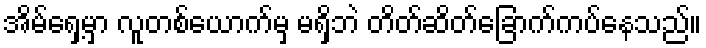
အိမ်ရှေ့မှာ လူတစ်ယောက်မှ မရှိဘဲ တိတ်ဆိတ်ခြောက်ကပ်နေသည်။